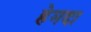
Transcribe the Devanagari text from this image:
हेमदा